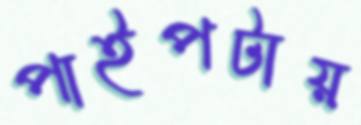
পাইপটায়